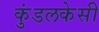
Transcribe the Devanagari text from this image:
कुंडलकेसी